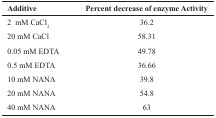
<table><thead><tr><td><b>Additive</b></td><td><b>Percent decrease of enzyme Activity</b></td></tr></thead><tbody><tr><td>2 mM CaCl<sub>2</sub></td><td>36.2</td></tr><tr><td>20 mM CaCl</td><td>58.31</td></tr><tr><td>0.05 mM EDTA</td><td>49.78</td></tr><tr><td>0.5 mM EDTA</td><td>36.66</td></tr><tr><td>10 mM NANA</td><td>39.8</td></tr><tr><td>20 mM NANA</td><td>54.8</td></tr><tr><td>40 mM NANA</td><td>63</td></tr></tbody></table>